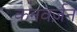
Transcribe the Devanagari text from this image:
कनवर्ज़न